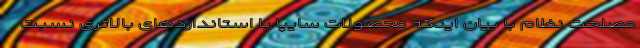
مصلحت نظام با بیان اینکه محصولات سایپا با استانداردهای بالاتری نسبت